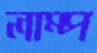
লাম্প